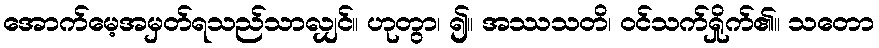
အောက်မေ့အမှတ်ရသည်သာလျှင်။ ဟုတွာ၊ ၍။ အဿသတိ၊ ဝင်သက်ရှိုက်၏။ သတော